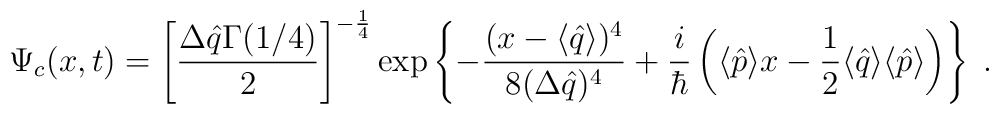
\Psi_{c}(x,t)= \left[ \frac{\Delta \hat{q}\Gamma(1/4)}{2} \right]^{-\frac{1}{4}}\exp\left\{ -\frac{(x -\langle \hat{q} \rangle )^{4}}{8(\Delta \hat{q})^{4}}+ \frac{i}{\hbar}\left( \langle \hat{p} \rangle x -\frac{1}{2}\langle \hat{q} \rangle \langle \hat{p} \rangle \right) \right\} \; .